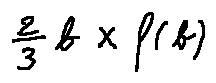
\frac { 2 } { 3 } b \times f ( b )